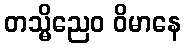
တသ္မိညေဝ ဝိမာနေ